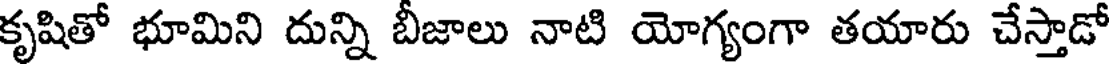
కృషితో భూమిని దున్ని బీజాలు నాటి యోగ్యంగా తయారు చేస్తాడో